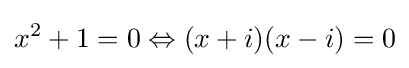
x^{2}+1=0\Leftrightarrow (x+i)(x-i)=0